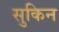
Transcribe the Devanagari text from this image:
सुकिन